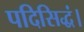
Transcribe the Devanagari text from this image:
पदिसिद्धं।